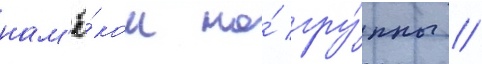
нам'ё́ком на́ гру́ппы //